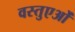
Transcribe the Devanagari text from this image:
वस्तुएओं